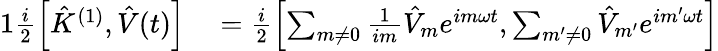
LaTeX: \begin{array}{rl}{{1}\frac{i}{2}\left[\hat{K}^{(1)},\hat{V}(t)\right]}&{{}=\frac{i}{2}\left[\sum_{m\neq 0}\frac{1}{im}\hat{V}_{m}e^{im\omega t},\sum_{m^{\prime}\neq 0}\hat{V}_{m^{\prime}}e^{im^{\prime}\omega t}\right]}\end{array}